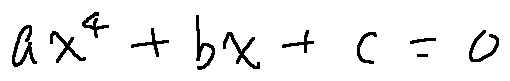
a x ^ { 4 } + b x + c = 0